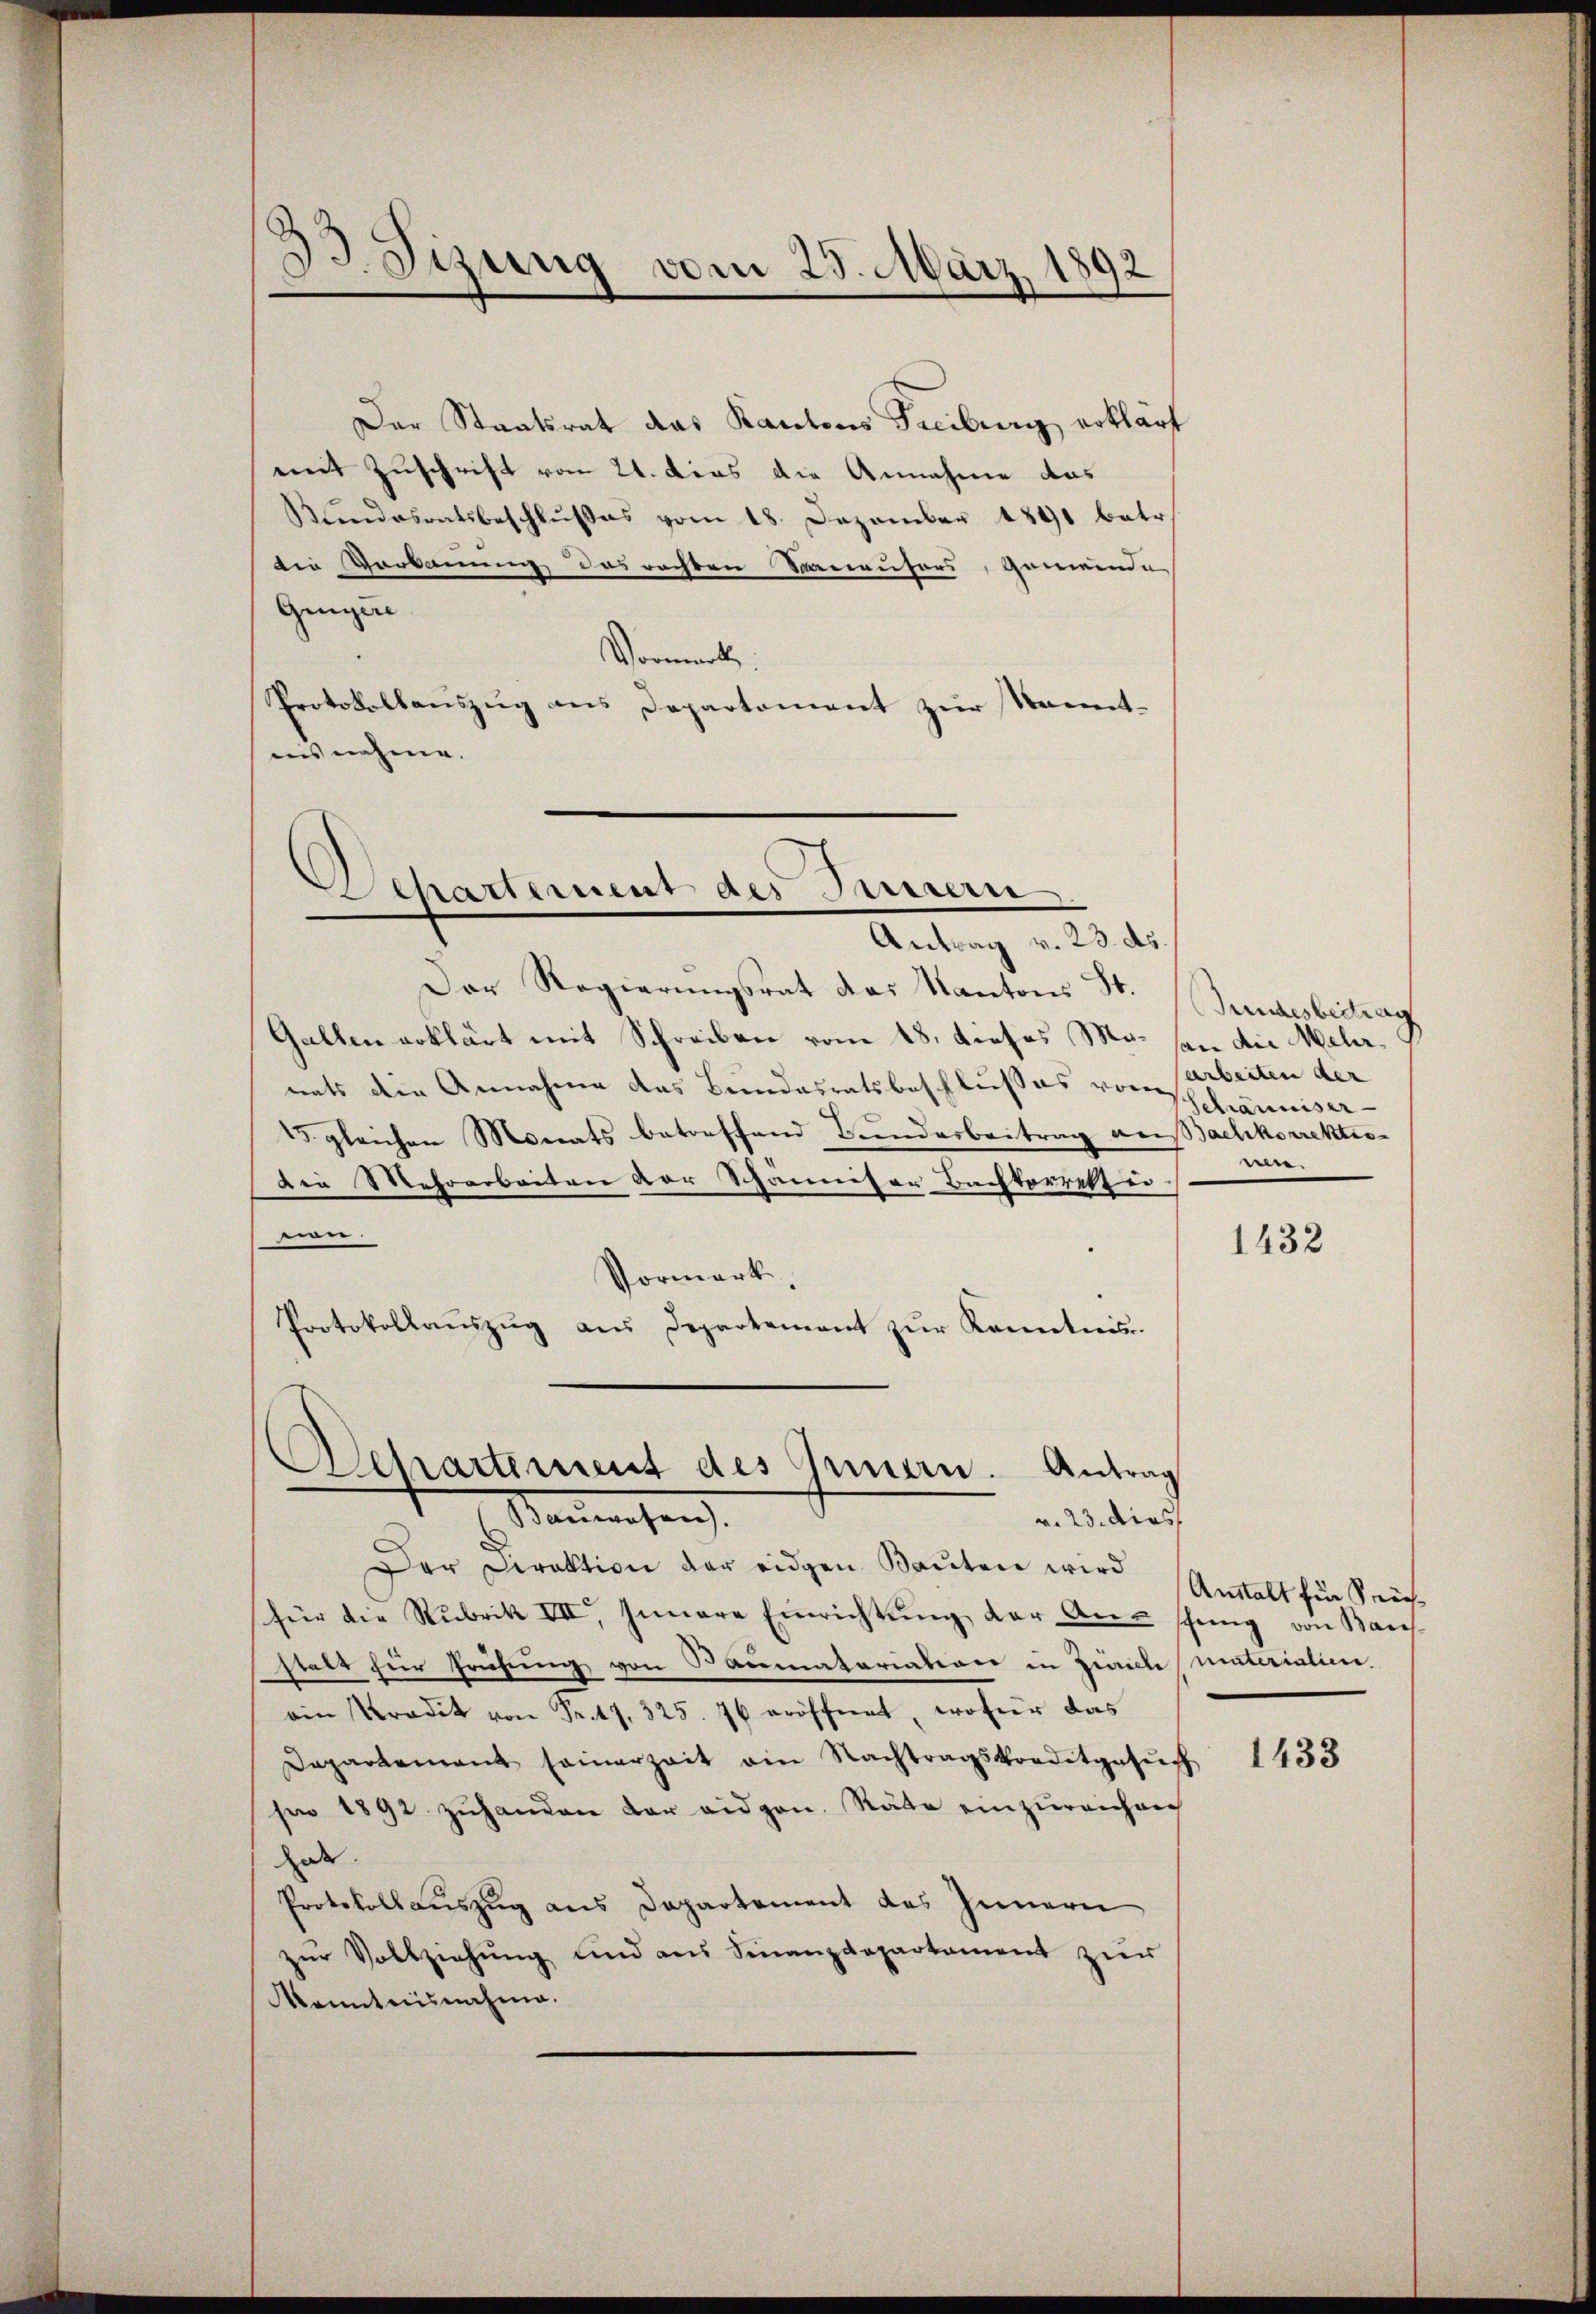
d
.
J. Sizung vom 25. März 1892

Der Staatsrat das Kantons Freiburg erklärt
mit Zuschrift vom 21. dies die Annahme das
Bundesratsbeschlußes vom 18. Dezember 1891 betr.
die Vorkauung das rechten Renaufers, gemeinde
Giger
Vormerk
Protokollauszug aus Departement zur kanntius nahme.
Der Regierungsrat das Kantons St. Gundesbeitrag
Gallen erklärt mit Schreiben vom 18. dieses Mo. sen die Mehrnats die Annahme das Bundesratsbeschlußes vom Arbeiten der
15. gleichen Monats betreffend Bundesbeitrag aussachkorrektio¬
Die Mehrarbeiten vor Schanniser Bachtorretze.
nen.
Vormerk
Protokollauszug aus Departement zur Kenntnis
Aathartement des Innern. Antrag
Sanwesen
v. 23. dies
Der Direktion der eidgen. Baŭten wird
für die Rubrik III. Innere Einrichtŭng der Aner schung von Baus
stalt für Prüfung von Baumatariation in Zürich materialien.
ain Pradit von Sr. 47. 325. 76 eröffnet, wofür das
Departement seinerzeit ain Nachtragskorditgesŭch
see 1892 zŭhanden der eidgen. Räte einzŭreichnig
due.
Protokollauszug aus Departement des Innern
zur Vollziehung und aus Finanzdepartament zur
Kenntnisnahme.

Departement des Innern
Antrag v. 23. ds

Schänniser
wer

1432

Anstalt für Siche

1433